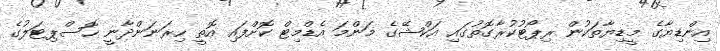
އިންޑިޔާގެ މީޑިޔާތަކުން ރިޕޯޓުކުރާގޮތުގައި އަކްޝޭގެ މަންމަ އެޑްމިޓް ކޮށްފައި އޮތީ ހިރަނަންދާނީ ހޮސްޕިޓަލުގެ